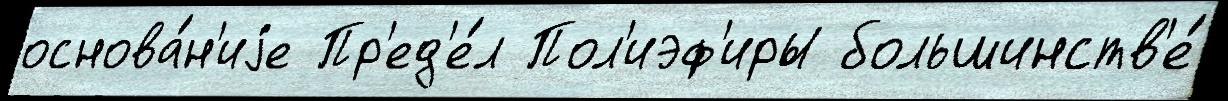
основа́н'иjе Пр'ед'е́л Пол'иэф'иры большинств'е́